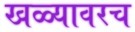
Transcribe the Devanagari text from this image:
खळ्यावरच